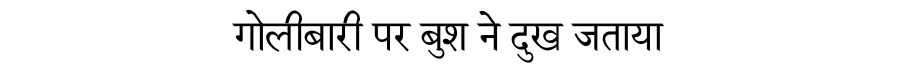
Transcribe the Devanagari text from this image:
गोलीबारी पर बुश ने दुख जताया